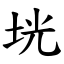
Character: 垙